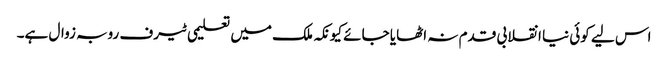
اس لیے کوئی نیا انقلابی قدم نہ اٹھایا جائے کیونکہ ملک میں تعلیمی ٹیرف روبہ زوال ہے۔